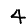
Digit: 4